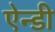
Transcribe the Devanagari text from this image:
ऐन्डी